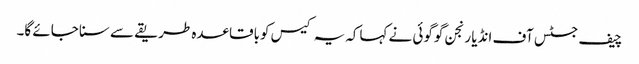
چیف جسٹس آف انڈیا رنجن گوگوئی نے کہاکہ یہ کیس کوباقاعدہ طریقے سے سنا جائے گا۔